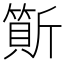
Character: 𣃇